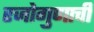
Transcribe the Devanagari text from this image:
रजोगुणाची